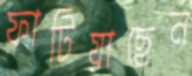
ফাটিয়াছেন